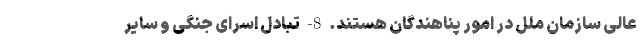
عالی سازمان ملل در امور پناهندگان هستند. 8- تبادل اسرای جنگی و سایر